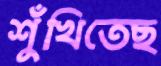
শুঁখিতেছ